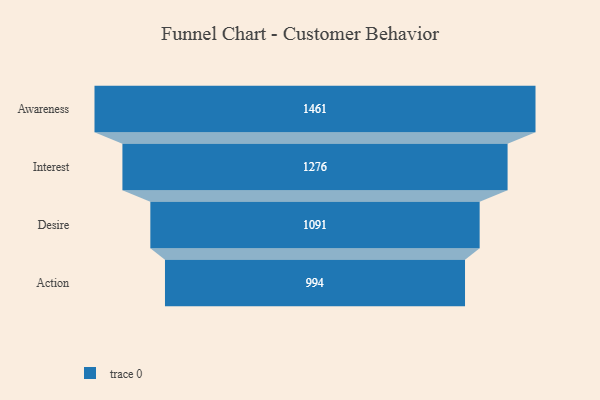
{"axis": {"x": "Stage", "y": "Value"}, "legend": [""], "data": [{"x": "Awareness", "y": 1461.0, "type": ""}, {"x": "Interest", "y": 1276.0, "type": ""}, {"x": "Desire", "y": 1091.0, "type": ""}, {"x": "Action", "y": 994.0, "type": ""}]}